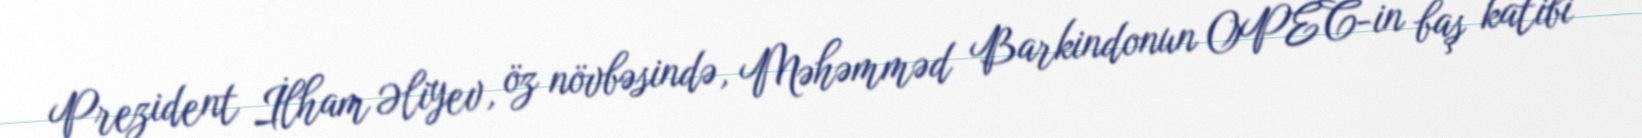
Prezident İlham Əliyev, öz növbəsində, Məhəmməd Barkindonun OPEC-in baş katibi